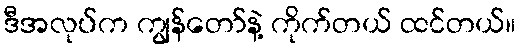
ဒီအလုပ်က ကျွန်တော်နဲ့ ကိုက်တယ် ထင်တယ်။